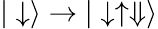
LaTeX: |\downarrow\rangle\rightarrow|\downarrow\uparrow\Downarrow\rangle